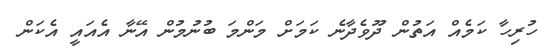
ހުރިހާ ކަމެއް އަތުން ދޫވެދާނެ ކަމަށް މަންމަ ބުނުމުން އޭނާ އެއައީ އެކަން